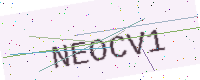
Text: NEOCV1